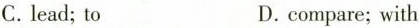
C.lead;to D.compare; with